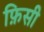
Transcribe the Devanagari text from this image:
फ़िसी